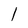
Character: 1